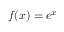
f ( x ) = e ^ { x }